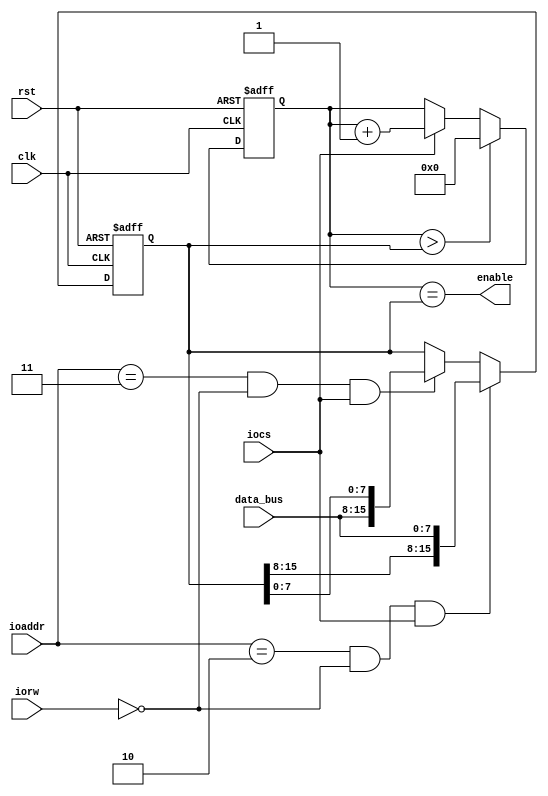
module 
baud_rate_generator(
			input rst, 
			input clk, 
			input [7:0]data_bus, 
			input [1:0]ioaddr,
			input iocs, 
			input iorw, 
			output enable);

reg [15:0]final_count_up;
reg [15:0]baud_rate; 
wire [15:0]nxt_baud_rate; 
wire [15:0]nxt_final_count_up; 

assign enable = (final_count_up == baud_rate);

assign nxt_baud_rate = (ioaddr == 2'b10 & !iorw & iocs) ? {{baud_rate[15:8]}, data_bus} : 
		       (ioaddr == 2'b11 & !iorw & iocs) ? {data_bus, {baud_rate[7:0]}} : 
							  baud_rate; 

assign nxt_final_count_up = (final_count_up > baud_rate) ? 16'b0 : 
			    (iocs) ? final_count_up + 1 : final_count_up; 


always @(posedge clk, posedge rst) begin 
	if(rst) begin
		final_count_up <= 16'b0; 
	end 
	else begin 
		final_count_up <= nxt_final_count_up; 
	end 
end

always @(posedge clk, posedge rst) begin 
	if(rst) begin
		baud_rate <= 16'b0; 
	end 
	else begin 
		baud_rate <= nxt_baud_rate; 
	end 
end


endmodule